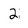
Character: 2